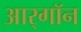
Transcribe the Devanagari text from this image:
आर्‌गॉन